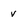
Character: v